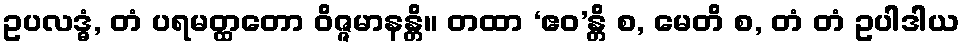
ဥပလဒ္ဓံ, တံ ပရမတ္ထတော ဝိဇ္ဇမာနန္တိ။ တထာ ‘ဧဝ’န္တိ စ, မေတိ စ, တံ တံ ဥပါဒါယ